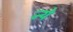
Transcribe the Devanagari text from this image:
न्‍ये